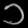
Digit: ၁